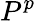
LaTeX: P^{p}